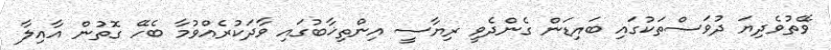
ވޭތުވެދިޔަ ދުވަސްތަކުގައި ބައިޑަން ގެންދެވީ ރިޔާސީ އިންތިޚާބުގައި ވާދަކުރެއްވުމާ ބެހޭ ގޮތުން އާއިލާ